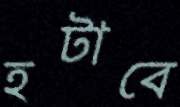
হটাবে